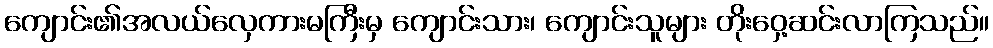
ကျောင်း၏အလယ်လှေကားမကြီးမှ ကျောင်းသား၊ ကျောင်းသူများ တိုးဝှေ့ဆင်းလာကြသည်။